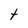
Character: t